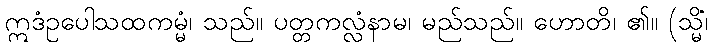
ဣဒံဥပေါသထကမ္မံ၊ သည်။ ပတ္တကလ္လံနာမ၊ မည်သည်။ ဟောတိ၊ ၏။ (သ္မိံ၊